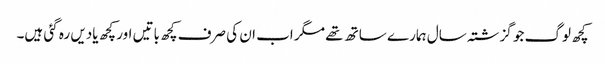
کچھ لوگ جو گزشتہ سال ہمارے ساتھ تھے مگر اب ان کی صرف کچھ باتیں اور کچھ یادیں رہ گئی ہیں۔